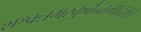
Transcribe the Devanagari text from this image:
शश्वन्नमस्कुर्वन्तमादरात्